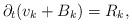
LaTeX: \begin{align*}\partial_{t}(v_{k}+B_{k})=R_{k},\end{align*}